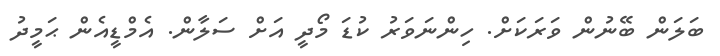
ބަލަން ބޭނުން ވަރަކަށް. ހިންނަވަރު ކުޑަ މޯދީ އަށް ސަލާން. އެމްޑީއެން ޙަމީދު